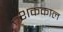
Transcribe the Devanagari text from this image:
शककाल